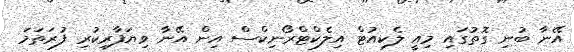
އޭނާ ބުނި ގޮތުގައި މިއީ ލެކިއުޓް އިލެކްޓްރޯނިކްސް އިން އޭނާ ވިޔަފާރިކުރި ފުރަތަމަ